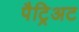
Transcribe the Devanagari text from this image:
पैट्रिअट